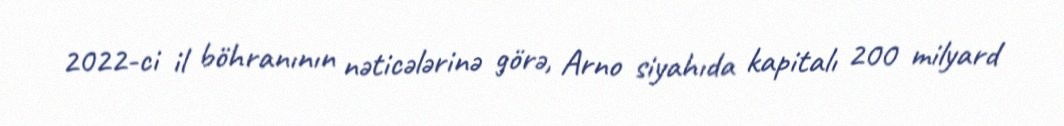
2022-ci il böhranının nəticələrinə görə, Arno siyahıda kapitalı 200 milyard